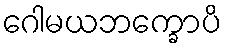
ဂေါမယဘက္ခောပိ